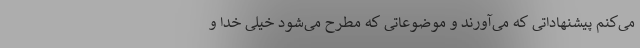
می‌کنم پیشنهاداتی که می‌آورند و موضوعاتی که مطرح می‌شود خیلی خدا و